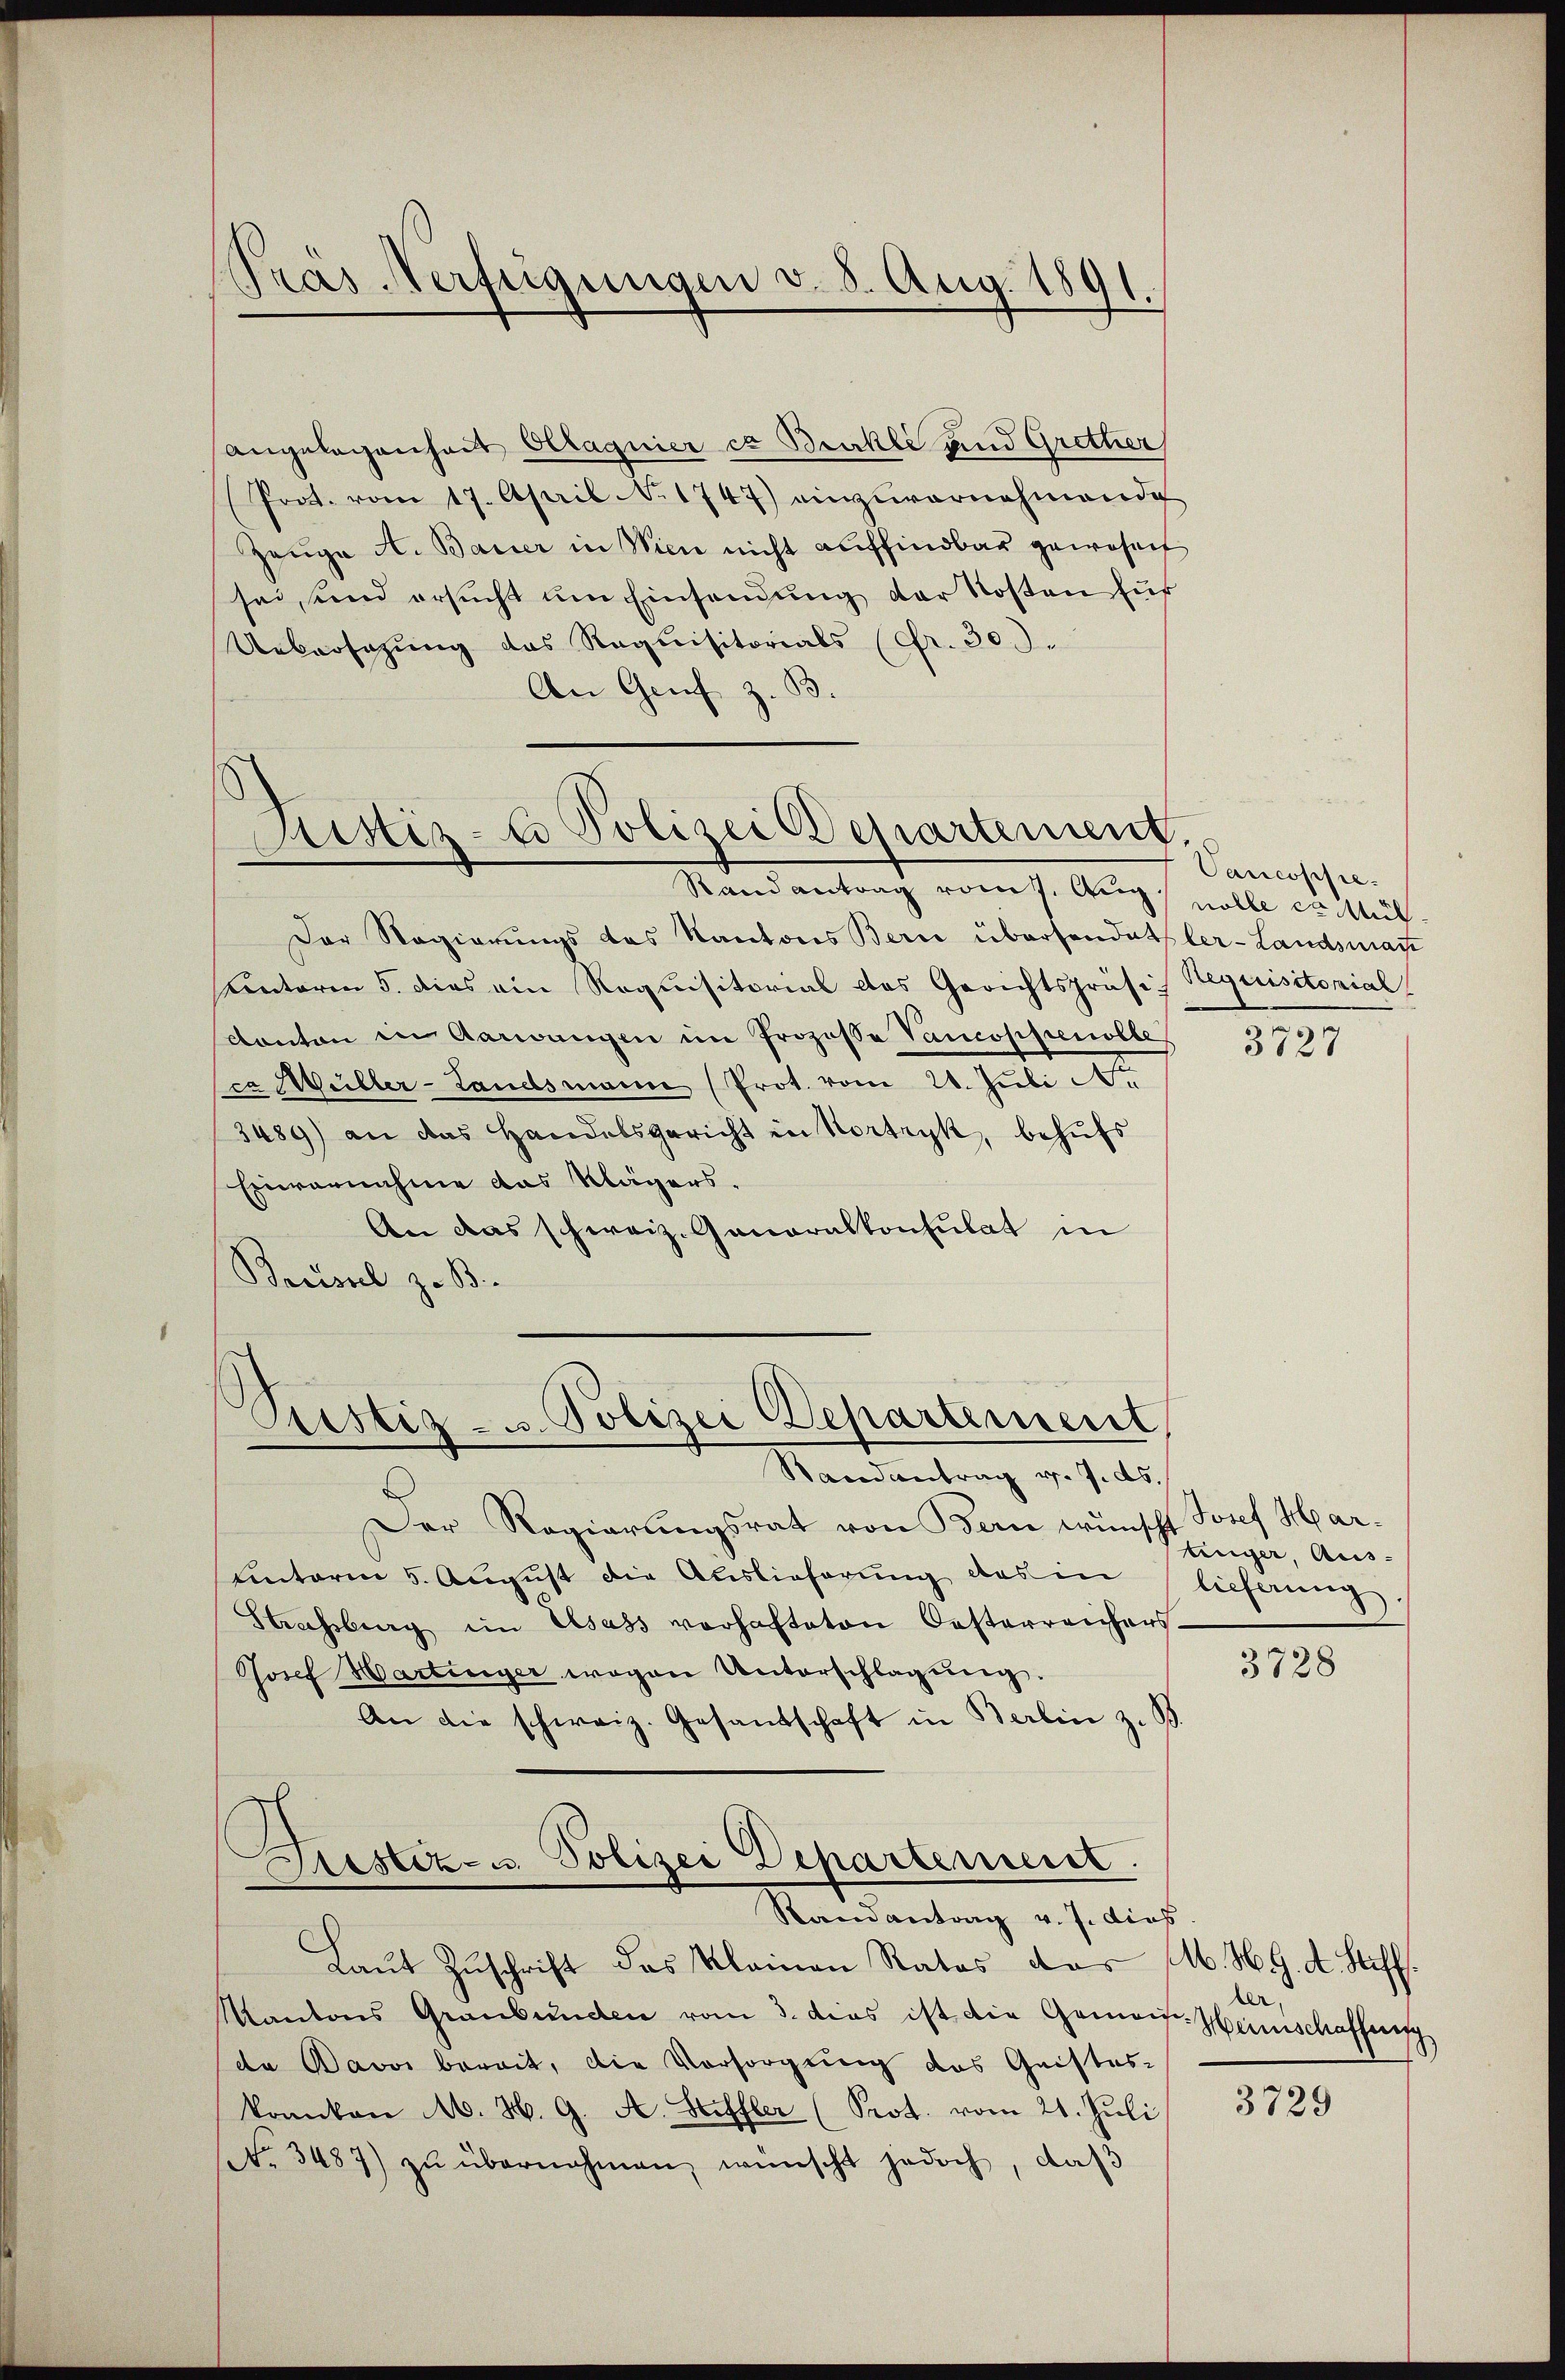
Angelegenheit Ollagnier es Bürkli und Gretter
(Prot. vom 17. April No 1747) einzuvernehmende
Zeŭge A. Bauer in Wien nicht auffindbar gewohnet
sei, und ersucht um Einsendung der Kosten für
Uebersezung das Requisitorials (Fr. 300.
An Genf z. B.

)
Präs-Verfügungen v. 8. Aug. 1891.

Aristiz- u Polizei Departement

Stand antracht vom 7. Aug. wolle er Mit
Der Regierungs das Kantons Bern übersendetler-Landsmate
Kentoren 5. dies ein Requisitorial das Gerichtspräses Requisitorial
Kanton in Aarwangen im Prozessa Vancoppenolle
ca Müller-Landsmann (Prot. vom 28. Juli d.
3489) an das Handelsgericht in Vortryk, behŭfs
Einvernahme das Klägers.
An das schweiz. Generalkonsulat in
Brüssel z. B.

Pristig - u. Polizei Departement

Randantrag v. 7. ds.
Der Regierungsrat von Bern wünscht Josef Harunterm 5. August die Auslieferŭng des in lieferung
Strassburg im Elsass verhafteten Oesterreichers.
Josef Hartinger wegen Unterschlagung.
An die schweiz. Gesandschaft in Berlin z. St
Justiz- u. Polizei Departement.
Randantrag v. J. dies.
Laŭt Zŭschrift das Kleinen Ratos das (M. H. G. d. Hoff
Kantons Graubünden vom 3. dies ist die Gemein-Heinschaffung
da Davos bereit, die Vorsorgung das Geistes-
konnten M. H. G. A. Heuffler (Prot. vom 21. Juli
(Nr. 3487) zŭ übernehmen, wünscht jedoch, daß

Cancoppe

3727

tinger, Aus-

3728

ler,

3729